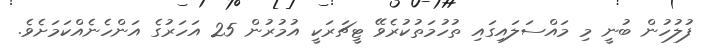
ފުލުހުން ބުނީ މި މައްސަލައިގައި ތުހުމަތުކުރެވޭ ޓީޗަރަކީ އުމުރުން 25 އަހަރުގެ އަންހެނެއްކަމަށެވެ.